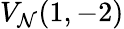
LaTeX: V_{\mathcal{N}}(1,-2)